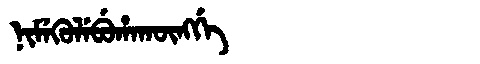
Manchu: ᠨᡳᠮᡝᡴᡠᠯᡝᠪᡠᡥᠠᡴᡡᠩᡤᡝ
Romanization: NIMEKULEBUHAKŪNGGE